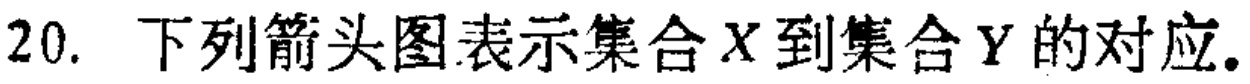
20. 下列箭头图表示集合\(X\)到集合\(Y\)的对应.